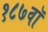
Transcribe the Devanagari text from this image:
१८७वॉ